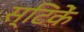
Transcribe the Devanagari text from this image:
स्टिकें